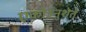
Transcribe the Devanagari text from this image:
एकोऽनुशेते